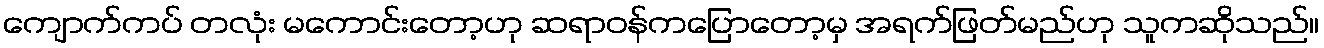
ကျောက်ကပ် တလုံး မကောင်းတော့ဟု ဆရာဝန်ကပြောတော့မှ အရက်ဖြတ်မည်ဟု သူကဆိုသည်။